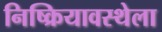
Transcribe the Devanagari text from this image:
निष्क्रियावस्थेला